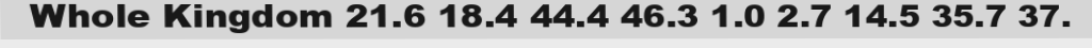
Whole Kingdom 21.6 18.4 44.4 46.3 1.0 2.7 14.5 35.7 37.